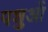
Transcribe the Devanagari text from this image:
पशुआें